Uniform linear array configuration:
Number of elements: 16
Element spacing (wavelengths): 0.75
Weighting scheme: kaiser
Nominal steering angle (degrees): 45
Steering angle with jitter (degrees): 43.337
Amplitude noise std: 0.05
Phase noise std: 0.05

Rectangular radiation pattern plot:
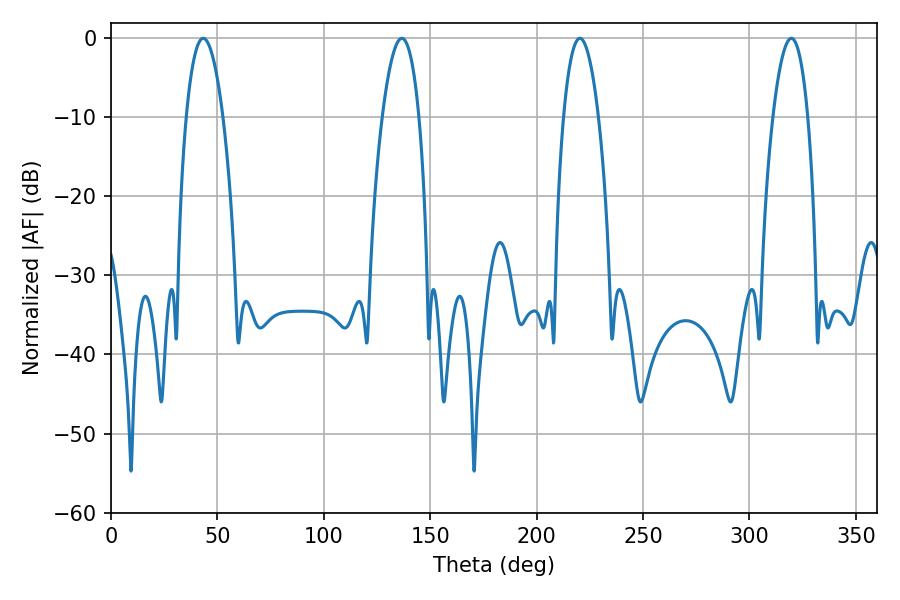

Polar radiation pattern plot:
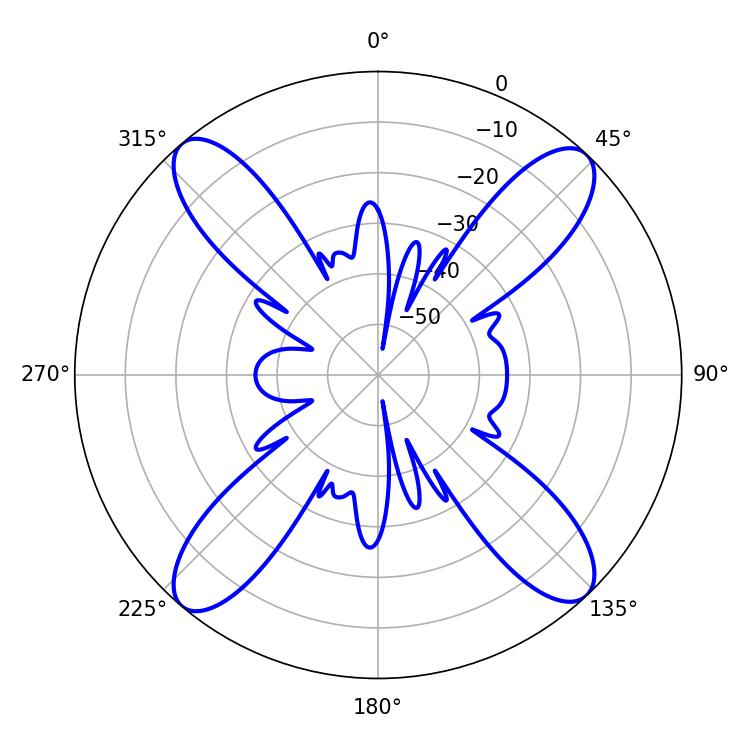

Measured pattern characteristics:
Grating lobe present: TRUE
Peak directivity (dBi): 18.965
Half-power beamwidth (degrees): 9
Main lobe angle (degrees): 220.32